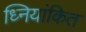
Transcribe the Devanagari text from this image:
ध्नियांकित